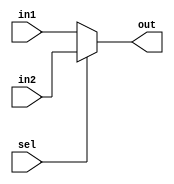
module mux2 #(parameter WIDTH = 8) (input [WIDTH - 1 : 0] in1, in2,
                                input sel,
                                output [WIDTH - 1 : 0] out  
                    );
    assign out = (sel) ? in2 : in1;
endmodule